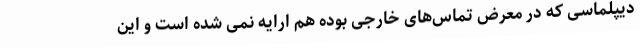
دیپلماسی که در معرض تماس‌های خارجی بوده هم ارایه نمی شده است و این